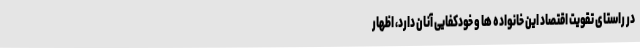
در راستای تقویت اقتصاد این خانواده ها و خودکفایی آنان دارد، اظهار